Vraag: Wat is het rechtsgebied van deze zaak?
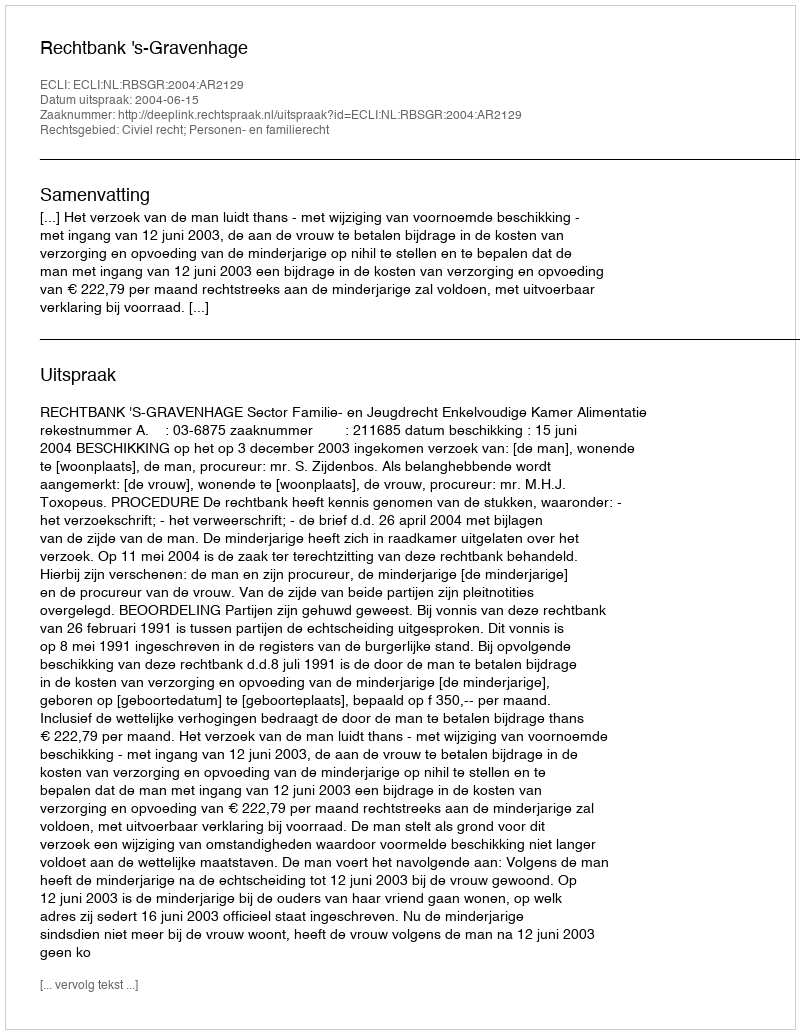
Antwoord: Civiel recht; Personen- en familierecht